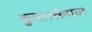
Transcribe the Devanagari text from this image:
कुमारसेनांचा